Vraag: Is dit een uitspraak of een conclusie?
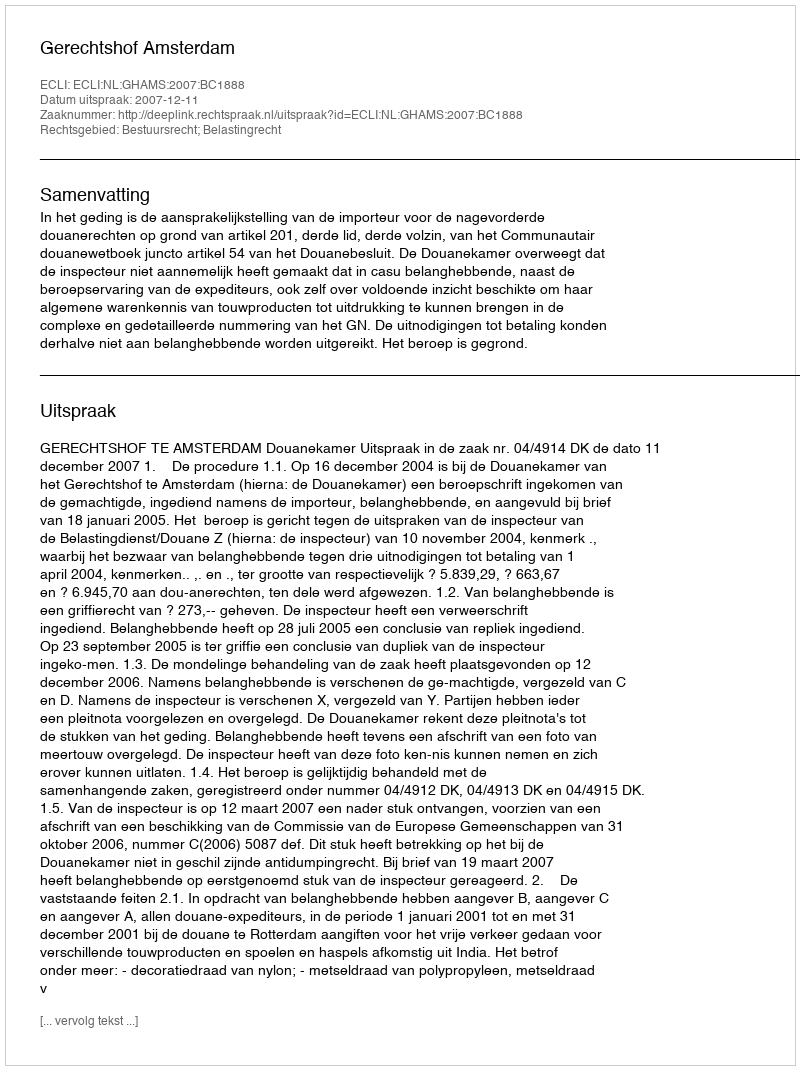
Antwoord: Uitspraak